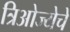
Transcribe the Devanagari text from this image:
त्रिओज्येचे